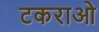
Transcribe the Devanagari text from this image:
टकराओ